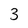
Character: 3